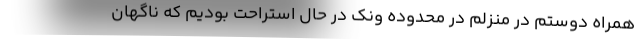
همراه دوستم در منزلم در محدوده ونک در حال استراحت بودیم که ناگهان